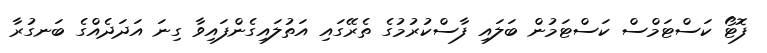
ފޮޓޯ ކަސްޓަމްސް ކަސްޓަމުން ބަލައި ފާސްކުރުމުގެ ތެރޭގައި އަތުލައިގެންފައިވާ ގިނަ އަދަދެއްގެ ބަނގުރާ